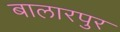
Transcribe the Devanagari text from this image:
बालारपुर